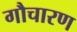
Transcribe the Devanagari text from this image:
गौचारण